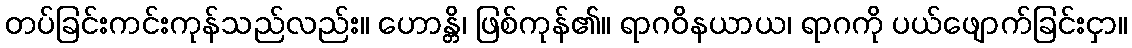
တပ်ခြင်းကင်းကုန်သည်လည်း။ ဟောန္တိ၊ ဖြစ်ကုန်၏။ ရာဂဝိနယာယ၊ ရာဂကို ပယ်ဖျောက်ခြင်းငှာ။